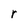
Character: r